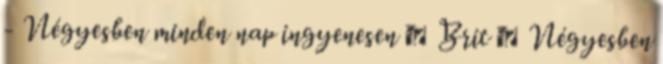
- Négyesben minden nap ingyenesen ▪ Brit ▪ Négyesben